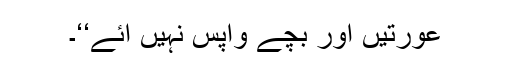
عورتیں اور بچے واپس نہیں ائے‘‘۔